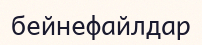
бейнефайлдар